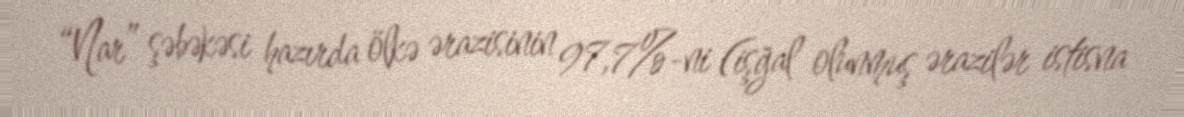
“Nar” şəbəkəsi hazırda ölkə ərazisinin 97,7%-ni (işğal olunmuş ərazilər istisna